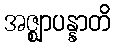
အဇ္ဈာပန္နာတိ